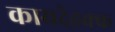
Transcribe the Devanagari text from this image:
कायदेहक्क